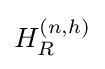
H_{R}^{(n,h)}